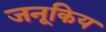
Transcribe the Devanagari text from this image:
जनूकिय